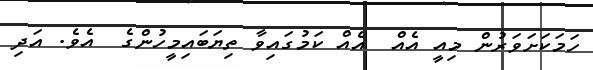
ހަމަކަށަވަރުން މިއީ އެއް  އެއް ކަމުގައިވާ ތިޔަބައިމީހުންގެ  އެވެ. އަދި